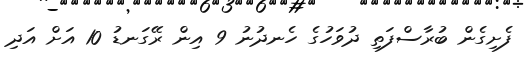
ފެށިގެން ބުރާސްފަތި ދުވަހުގެ ހެނދުނު 9 އިން ރޭގަނޑު 10 އަށް އަދި